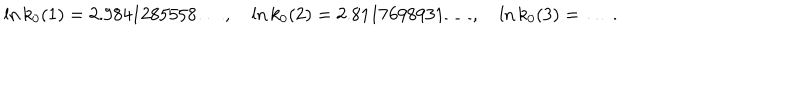
\ln k _ { 0 } ( 1 ) = 2 . 9 8 4 1 2 8 5 5 5 8 \ldots , \quad \ln k _ { 0 } ( 2 ) = 2 . 8 1 1 7 6 9 8 9 3 1 \ldots , \quad \ln k _ { 0 } ( 3 ) = \ldots \, .